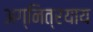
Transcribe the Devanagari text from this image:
अग्नित्रयाय